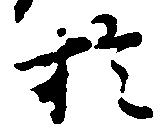
於